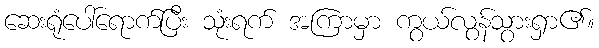
ဆေးရုံပေါ်ရောက်ပြီး သုံးရက် အကြာမှာ ကွယ်လွန်သွားရှာ၏။